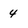
Character: 4